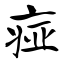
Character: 痖